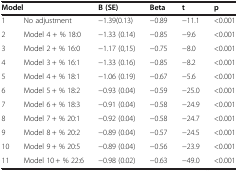
| <COLSPAN=2> Model | B (SE) | Beta | t | p |
 | --- | --- | --- | --- | --- | --- |
 | 1 | No adjustment | -1.39(0.13) | -0.89 | -11.1 | <0.001 |
 | 2 | Model 4 + % 18:0 | -1.33 (0.14) | -0.85 | -9.6 | <0.001 |
 | 3 | Model 2 + % 16:0 | -1.17 (0,15) | -0.75 | -8.0 | <0.001 |
 | 4 | Model 3 + % 16:1 | -1.33 (0.16) | -0.85 | -8.2 | <0.001 |
 | 5 | Model 4 + % 18:1 | -1.06 (0.19) | -0.67 | -5.6 | <0.001 |
 | 6 | Model 5 + % 18:2 | -0.93 (0.04) | -0.59 | -25.0 | <0.001 |
 | 7 | Model 6 + % 18:3 | -0.91 (0.04) | -0.58 | -24.9 | <0.001 |
 | 8 | Model 7 + % 20:1 | -0.92 (0.04) | -0.58 | -24.7 | <0.001 |
 | 9 | Model 8 + % 20:2 | -0.89 (0.04) | -0.57 | -24.5 | <0.001 |
 | 10 | Model 9 + % 20:5 | -0.89 (0.04) | -0.56 | -23.9 | <0.001 |
 | 11 | Model 10 + % 22:6 | -0.98 (0.02) | -0.63 | -49.0 | <0.001 |